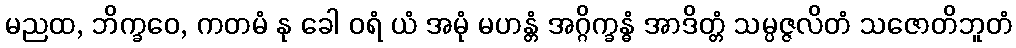
မညထ, ဘိက္ခဝေ, ကတမံ နု ခေါ ဝရံ ယံ အမုံ မဟန္တံ အဂ္ဂိက္ခန္ဓံ အာဒိတ္တံ သမ္ပဇ္ဇလိတံ သဇောတိဘူတံ